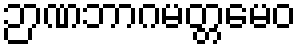
ဉာဏဘာဂမတ္တမေဝ